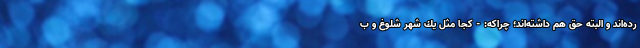
رده‌اند و البته حق هم داشته‌اند؛ چراكه: - كجا مثل يك شهر شلوغ و ب